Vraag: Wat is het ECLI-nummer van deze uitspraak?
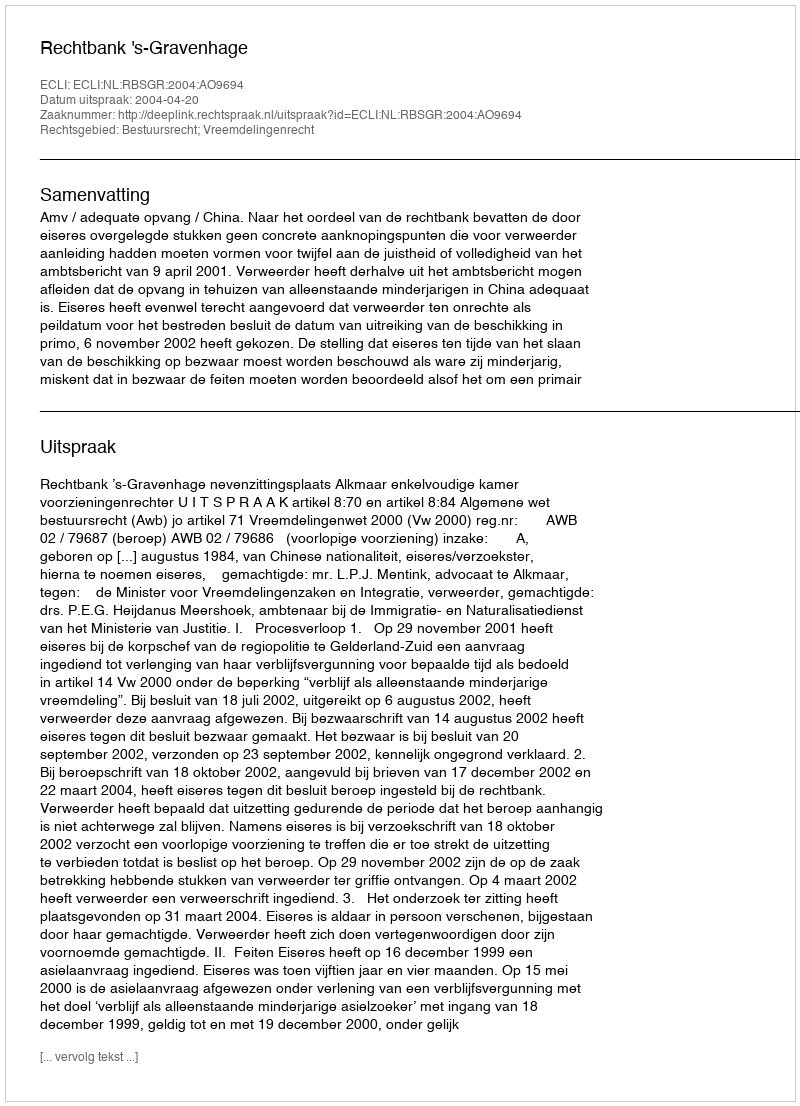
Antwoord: ECLI:NL:RBSGR:2004:AO9694